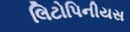
લિટોપિનીયસ